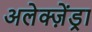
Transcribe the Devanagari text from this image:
अलेक्ज़ेंड्रा